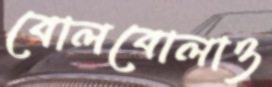
বোলবোলাও